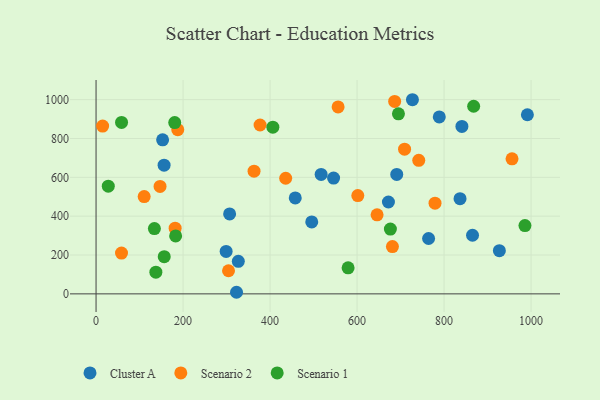
{"axis": {"x": "Engine Size", "y": "Exam Score"}, "legend": ["Cluster A", "Scenario 1", "Scenario 2"], "data": [{"x": "764.4", "y": 285.1, "type": "Cluster A"}, {"x": "927.1", "y": 222.2, "type": "Cluster A"}, {"x": "156.4", "y": 662.4, "type": "Cluster A"}, {"x": "153.0", "y": 793.1, "type": "Cluster A"}, {"x": "841.0", "y": 862.2, "type": "Cluster A"}, {"x": "517.4", "y": 615.0, "type": "Cluster A"}, {"x": "836.7", "y": 490.3, "type": "Cluster A"}, {"x": "307.0", "y": 411.7, "type": "Cluster A"}, {"x": "672.1", "y": 473.1, "type": "Cluster A"}, {"x": "691.2", "y": 614.8, "type": "Cluster A"}, {"x": "327.0", "y": 167.6, "type": "Cluster A"}, {"x": "322.9", "y": 8.2, "type": "Cluster A"}, {"x": "495.8", "y": 370.6, "type": "Cluster A"}, {"x": "457.9", "y": 494.2, "type": "Cluster A"}, {"x": "991.5", "y": 922.3, "type": "Cluster A"}, {"x": "546.0", "y": 596.2, "type": "Cluster A"}, {"x": "789.0", "y": 911.1, "type": "Cluster A"}, {"x": "299.0", "y": 218.7, "type": "Cluster A"}, {"x": "727.3", "y": 999.6, "type": "Cluster A"}, {"x": "865.4", "y": 301.9, "type": "Cluster A"}, {"x": "363.2", "y": 631.7, "type": "Scenario 2"}, {"x": "709.2", "y": 744.8, "type": "Scenario 2"}, {"x": "686.4", "y": 991.0, "type": "Scenario 2"}, {"x": "601.7", "y": 506.2, "type": "Scenario 2"}, {"x": "304.5", "y": 118.9, "type": "Scenario 2"}, {"x": "741.8", "y": 687.4, "type": "Scenario 2"}, {"x": "110.6", "y": 500.7, "type": "Scenario 2"}, {"x": "15.1", "y": 863.7, "type": "Scenario 2"}, {"x": "147.1", "y": 553.4, "type": "Scenario 2"}, {"x": "435.9", "y": 595.3, "type": "Scenario 2"}, {"x": "681.3", "y": 243.6, "type": "Scenario 2"}, {"x": "58.5", "y": 210.1, "type": "Scenario 2"}, {"x": "377.0", "y": 869.5, "type": "Scenario 2"}, {"x": "779.2", "y": 466.8, "type": "Scenario 2"}, {"x": "956.2", "y": 695.3, "type": "Scenario 2"}, {"x": "646.0", "y": 406.8, "type": "Scenario 2"}, {"x": "187.8", "y": 845.6, "type": "Scenario 2"}, {"x": "181.8", "y": 338.1, "type": "Scenario 2"}, {"x": "556.4", "y": 962.4, "type": "Scenario 2"}, {"x": "137.5", "y": 111.7, "type": "Scenario 1"}, {"x": "58.6", "y": 882.5, "type": "Scenario 1"}, {"x": "156.7", "y": 191.3, "type": "Scenario 1"}, {"x": "868.0", "y": 966.0, "type": "Scenario 1"}, {"x": "695.1", "y": 926.9, "type": "Scenario 1"}, {"x": "182.9", "y": 298.5, "type": "Scenario 1"}, {"x": "134.1", "y": 336.0, "type": "Scenario 1"}, {"x": "28.1", "y": 554.3, "type": "Scenario 1"}, {"x": "676.6", "y": 333.7, "type": "Scenario 1"}, {"x": "406.4", "y": 858.1, "type": "Scenario 1"}, {"x": "180.8", "y": 882.1, "type": "Scenario 1"}, {"x": "579.4", "y": 134.2, "type": "Scenario 1"}, {"x": "985.9", "y": 351.6, "type": "Scenario 1"}]}